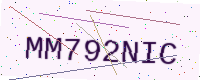
Text: MM792NIC